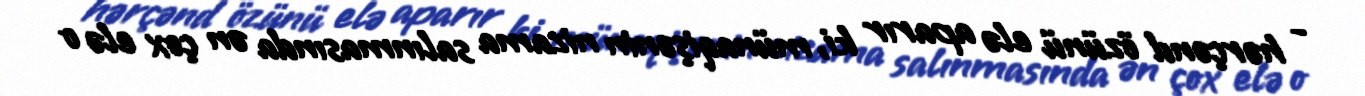
- hərçənd özünü elə aparır ki, münaqişənin nizama salınmasında ən çox elə o